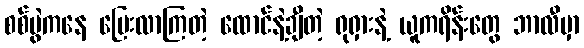
စစ်ပွဲကနေ ပြေးလာကြတဲ့ ထောင်နဲ့ချီတဲ့ ရုရှားနဲ့ ယူကရိန်းတွေ ဘာလီမှာ